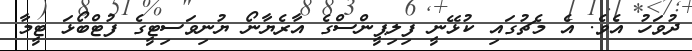
ދުވަހު އެވެ. އެ މެޗުގައި ކުޅޭނީ ފިލިޕީންސްގެ އާރެޔާނޯ ޔުނިވަސިޓީގެ ފުޓްބޯޅަ ޓީމާ